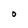
Character: O